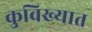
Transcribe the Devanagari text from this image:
कुविख्यात